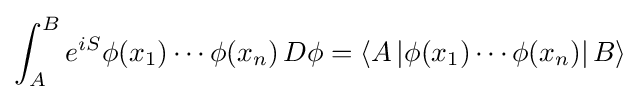
\int _{A}^{B}e^{iS}\phi (x_{1})\cdots \phi (x_{n})\,D\phi =\left\langle A\left|\phi (x_{1})\cdots \phi (x_{n})\right|B\right\rangle